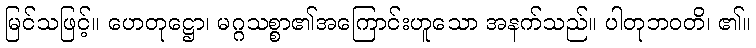
မြင်သဖြင့်။ ဟေတုဋ္ဌော၊ မဂ္ဂသစ္စာ၏အကြောင်းဟူသော အနက်သည်။ ပါတုဘဝတိ၊ ၏။